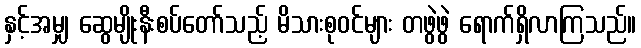
နှင့်အမျှ ဆွေမျိုးနီးစပ်တော်သည့် မိသားစုဝင်များ တဖွဲဖွဲ ရောက်ရှိလာကြသည်။